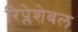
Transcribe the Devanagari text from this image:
रिप्लेशेबल